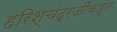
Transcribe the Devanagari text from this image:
हरिश्चंद्रजींकडून